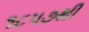
૧૮૫૭થી